Indian journal of veterinary science and animal husbandry - Volume 8,
Year: 1938
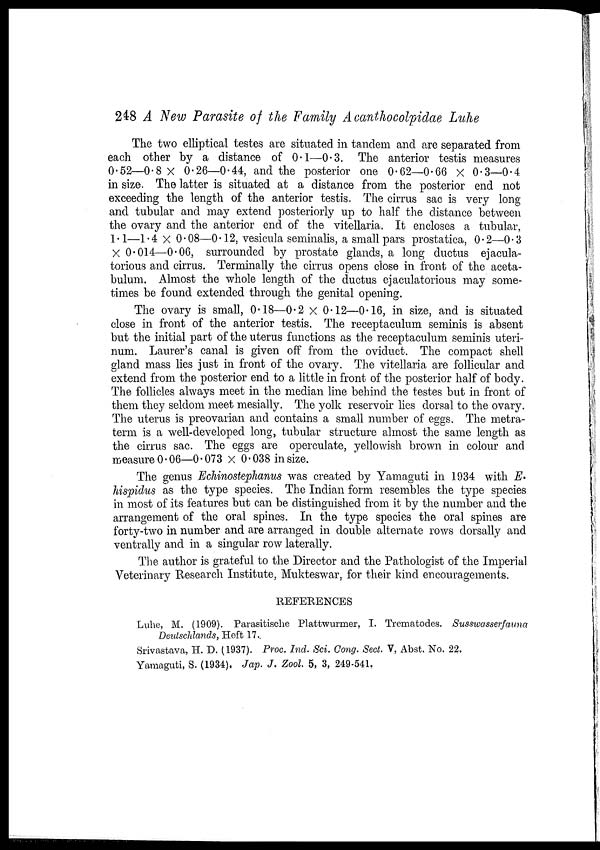
248 A New Parasite of the Family A canthocolpidae Luhe
The two elliptical testes are situated in tandem and are separated from
each other by a distance of 0.1—0.3. The anterior testis measures
0.52—0.8 × 0.26—0.44, and the posterior one 0.62—0.66 × 0.3—0.4
in size. The latter is situated at a distance from the posterior end not
exceeding the length of the anterior testis. The cirrus sac is very long
and tubular and may extend posteriorly up to half the distance between
the ovary and the anterior end of the vitellaria. It encloses a tubular,
1.1—1.4 × 0.08—0.12, vesicula seminalis, a small pars prostatica, 0.2—0.3
× 0.014—0.06, surrounded by prostate glands, a long ductus ejacula-
torious and cirrus. Terminally the cirrus opens close in front of the aceta-
bulum. Almost the whole length of the ductus ejaculatorious may some-
times be found extended through the genital opening.
The ovary is small, 0.18—0.2 × 0.12—0.16, in size, and is situated
close in front of the anterior testis. The receptaculum seminis is absent
but the initial part of the uterus functions as the receptaculum seminis uteri-
num. Laurer's canal is given off from the oviduct. The compact shell
gland mass lies just in front of the ovary. The vitellaria are follicular and
extend from the posterior end to a little in front of the posterior half of body.
The follicles always meet in the median line behind the testes but in front of
them they seldom meet mesially. The yolk reservoir lies dorsal to the ovary.
The uterus is preovarian and contains a small number of eggs. The metra-
term is a well-developed long, tubular structure almost the same length as
the cirrus sac. The eggs are operculate, yellowish brown in colour and
measure 0.06—0.073 × 0.038 in size.
The genus Echinostephanus was created by Yamaguti in 1934 with E.
hispidus as the type species. The Indian form resembles the type species
in most of its features but can be distinguished from it by the number and the
arrangement of the oral spines. In the type species the oral spines are
forty-two in number and are arranged in double alternate rows dorsally and
ventrally and in a singular row laterally.
The author is grateful to the Director and the Pathologist of the Imperial
Veterinary Research Institute, Mukteswar, for their kind encouragements.
REFERENCES
Luhe, M. (1909). Parasitische Plattwurmer, I. Trematodes. Susswasserfauna
Deutschlands, Heft 17.
Srivastava, H. D. (1937). Proc. Ind. Sci. Cong. Sect. V, Abst. No. 22.
Yamaguti, S. (1934), Jap. J. Zool. 5, 3, 249-541.